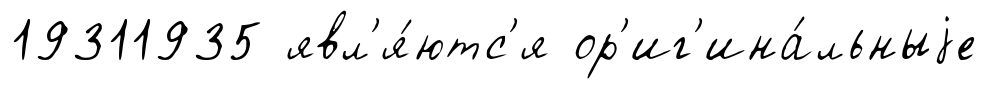
19311935 явл'я́ютс'я ор'иг'ина́льныjе